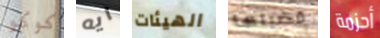
كوكو ايه الهيئات قضيتها أحزمة